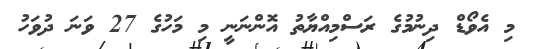
މި އެވޯޑް ދިނުމުގެ ރަސްމިއްޔާތު އޮންނަނީ މި މަހުގެ 27 ވަނަ ދުވަހު